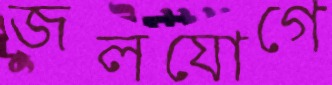
জলযোগে